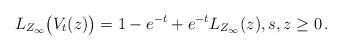
LaTeX: \begin{align*} L_{Z_\infty}\big(V_t(z)\big)=1-e^{-t}+e^{-t}L_{Z_\infty}(z),s,z\geq 0\,.\end{align*}